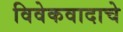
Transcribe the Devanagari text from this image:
विवेकवादाचे